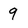
Character: 9